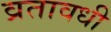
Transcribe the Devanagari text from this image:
व्रतावधी